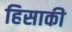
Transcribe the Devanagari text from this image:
हिसाकी